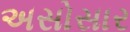
અસોસાર